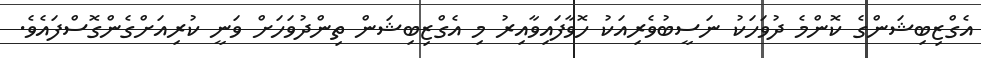
އެގްޒިބިޝަންގެ ކޮންމެ ދުވަހަކު ނަސީބުވެރިއަކު ހޮވާފައިވާއިރު މި އެގްޒިބިޝަން ތިންދުވަހަށް ވަނީ ކުރިއަށްގެންގޮސްފައެވެ.